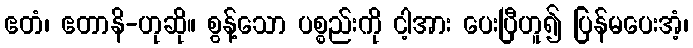
ဧတံ၊ ဧတာနိ-ဟုဆို။ စွန့်သော ပစ္စည်းကို ငါ့အား ပေးပြီဟူ၍ ပြန်မပေးအံ့၊